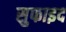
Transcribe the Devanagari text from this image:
सुफाइद